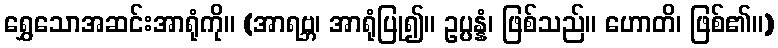
ရွှေသောအဆင်းအာရုံကို။ (အာရဗ္ဘ၊ အာရုံပြု၍။ ဥပ္ပန္နံ၊ ဖြစ်သည်။ ဟောတိ၊ ဖြစ်၏။)